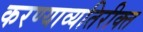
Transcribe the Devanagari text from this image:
करण्याव्यतिरीक्त